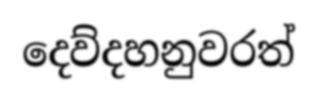
දෙව්දහනුවරත්